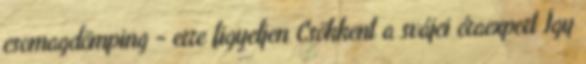
csomagdömping - erre figyeljen Csökkent a svájci óraexport Így